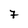
Character: 7